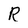
Character: R